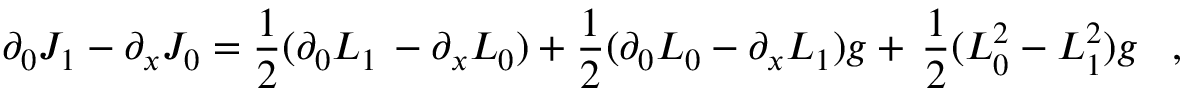
\partial _ { 0 } J _ { 1 } - \partial _ { x } J _ { 0 } = \frac { 1 } { 2 } ( \partial _ { 0 } L _ { 1 } \, - \partial _ { x } L _ { 0 } ) + \frac { 1 } { 2 } ( \partial _ { 0 } L _ { 0 } - \partial _ { x } L _ { 1 } ) g + \, \frac { 1 } { 2 } ( L _ { 0 } ^ { 2 } - L _ { 1 } ^ { 2 } ) g \; \; \; ,